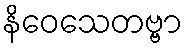
နိဝေသေတဗ္ဗာ